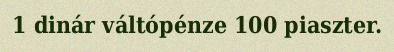
1 dinár váltópénze 100 piaszter.